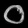
Digit: ၀